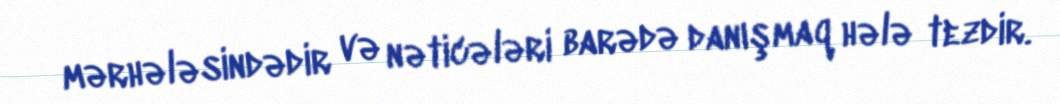
mərhələsindədir və nəticələri barədə danışmaq hələ tezdir.